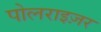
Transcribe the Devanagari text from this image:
पोलराइज़र